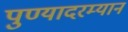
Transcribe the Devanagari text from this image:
पुण्यादरम्यान